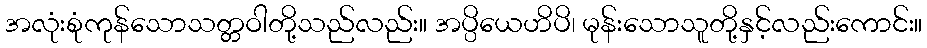
အလုံးစုံကုန်သောသတ္တဝါတို့သည်လည်း။ အပ္ပိယေဟိပိ၊ မုန်းသောသူတို့နှင့်လည်းကောင်း။